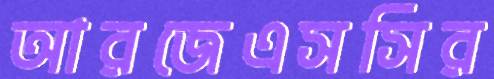
আরজেএসসির